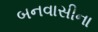
બનવાસીના